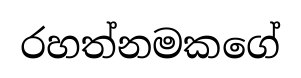
රහත්නමකගේ